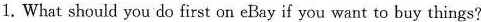
1. What should you do first on eBay if you want to buy things?